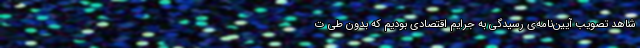
شاهد تصویب آیین‌نامه‌ی رسیدگی به جرایم اقتصادی بودیم که بدون طی ت